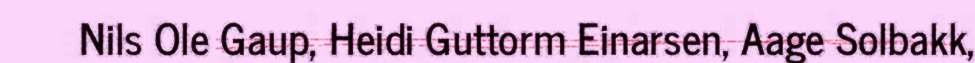
Nils Ole Gaup, Heidi Guttorm Einarsen, Aage Solbakk,